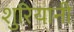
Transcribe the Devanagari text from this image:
शुरियानी